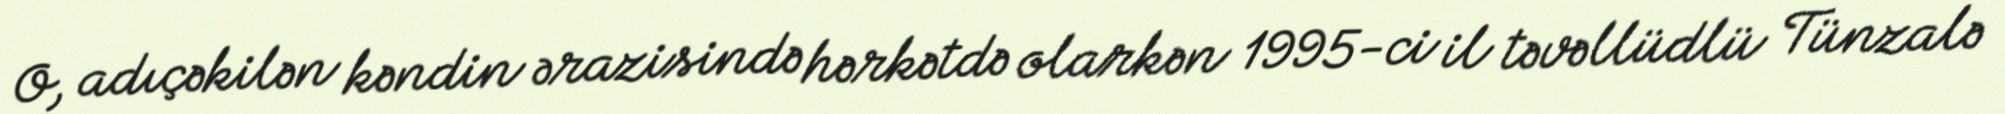
O, adıçəkilən kəndin ərazisində hərkətdə olarkən 1995-ci il təvəllüdlü Tünzalə